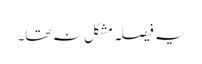
یہ فیصلہ مشکل نہ تھا۔